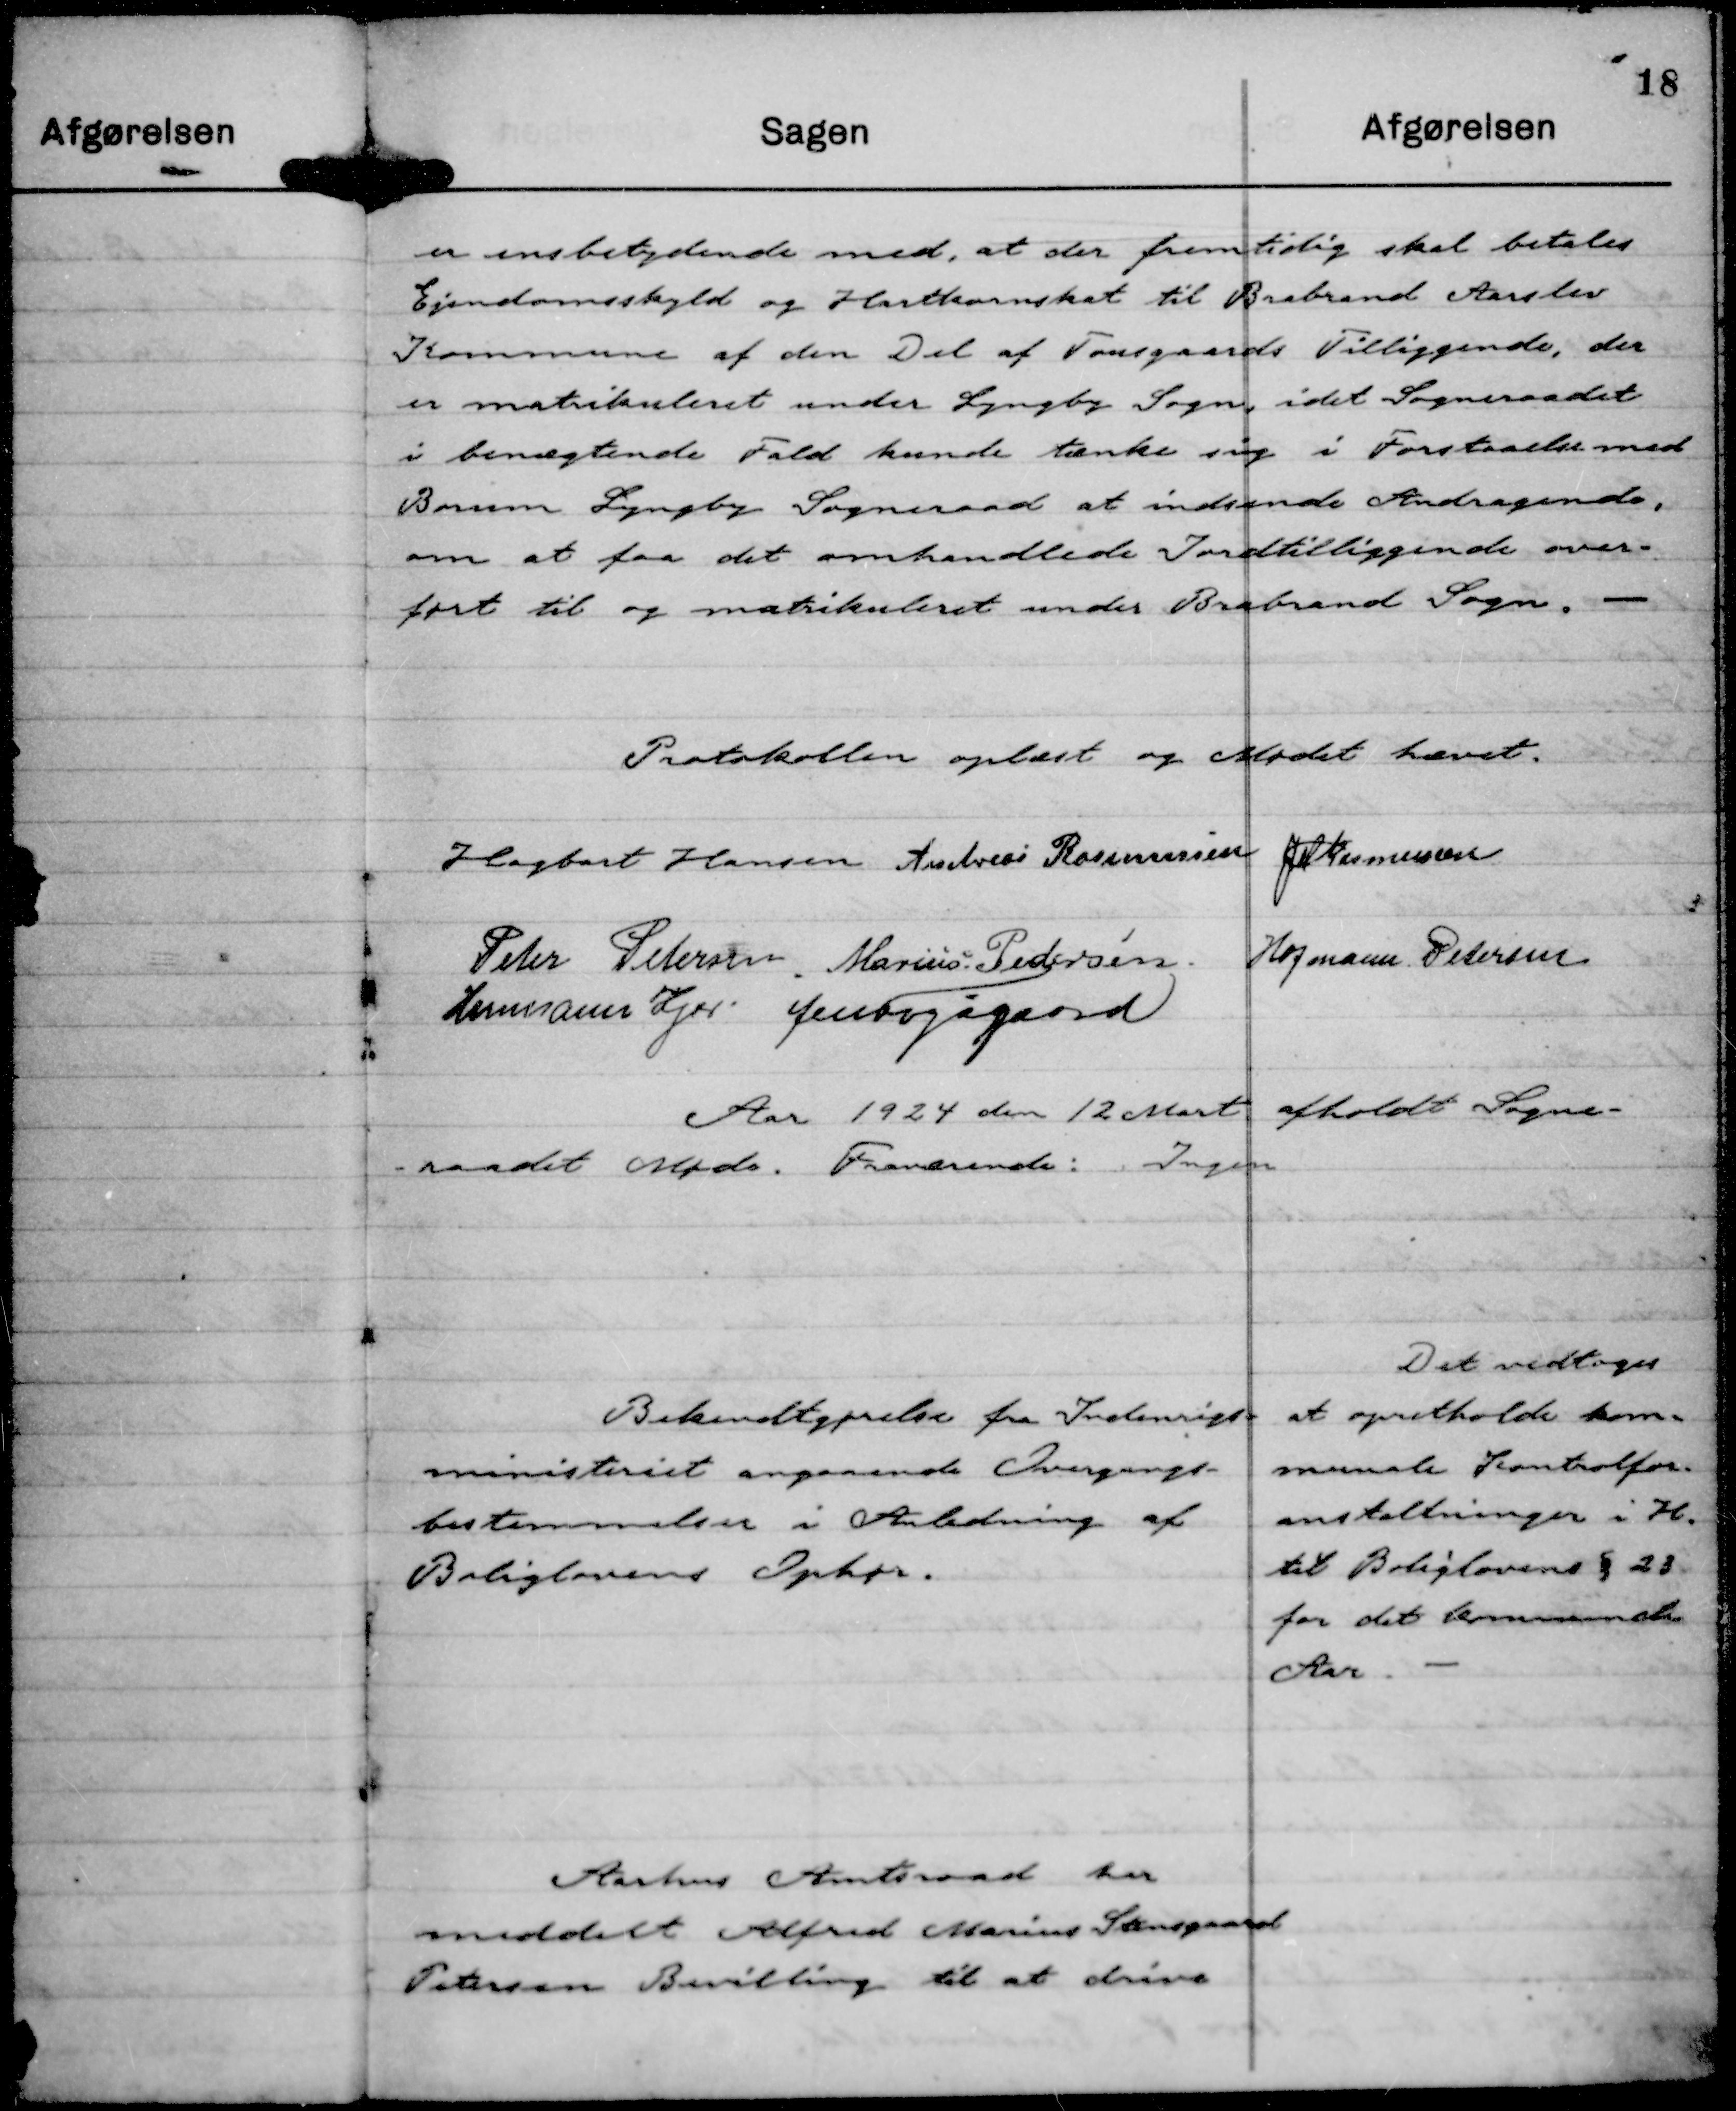
Transskription:
er ensbetydende med, at der fremtidig skal betales
Ejendomsskyld og Hartkornskat til Brabrand Aarslev
Kommune af den Del af Tousgaards Tilliggende, der
er matrikuleret under Lyngby Sogn, idet Sogneraadet
i benægtende Fald kunde tænke sig i Forstaaelse med
Borum Lyngby Sogneraad at indsende Andragende,
om at faa det omhandlede Jordtilliggende over-
ført til og matrikuleret under Brabrand Sogn.

Protokollen oplæst og Mødet hævet.
Hagbart Hansen
Andreas Rasmussen
JM Rasmussen
Peter Petersen.
Marius Pedersen.
Hofmann Petersen
Hermann Kjær.
Jens Fogsgaard

Aar 1924 den 12 Mart afholdt Sogne-
raadet Møde. Fraværende: Ingen

Bekendtgørelse fra Indenrigs-
ministeriet angaaende Overgangs-
bestemmelser i Anledning af
Boliglovens Ophør.

Det vedtoges
at opretholde kom-
munale Kontrolfor-
anstaltninger i H.
til Boliglovens § 23
for det kommende
Aar.

Aarhus Amtsraad har
meddelt Alfred Marius Stensgaard
Petersen Bevilling til at drive